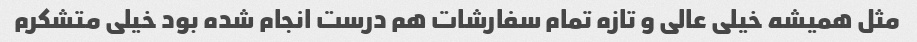
مثل همیشه خیلی عالی و تازه تمام سفارشات هم درست انجام شده بود خیلی متشکرم